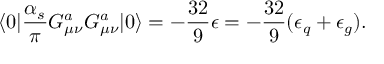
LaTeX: \langle { 0 } | { \frac { \alpha _ { s } } { \pi } } G _ { \mu \nu } ^ { a } G _ { \mu \nu } ^ { a } | { 0 } \rangle = - { \frac { 3 2 } { 9 } } \epsilon = - { \frac { 3 2 } { 9 } } ( \epsilon _ { q } + \epsilon _ { g } ) .